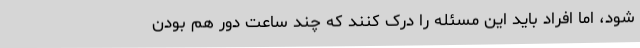
شود، اما افراد باید این مسئله را درک کنند که چند ساعت دور هم بودن